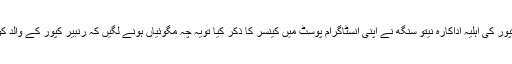
سال نو کے موقع پر رشی کپور کی اہلیہ اداکارہ نیتو سنگھ نے اپنی انسٹاگرام پوسٹ میں کینسر کا ذکر کیا تویہ چہ مگوئیاں ہونے لگیں کہ رنبیر کپور کے والد کو کینسر کی تشخیص ہوگئی۔